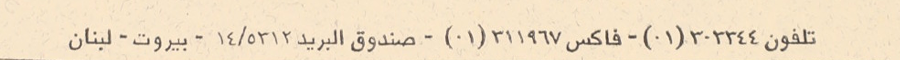
تلفون ٣٠٣٣٤٤(٠١) - فاكس ٣١١٩٦٧(٠١) - صندوق البريد ٥٣١٢/١٤ - بيروت - لبنان